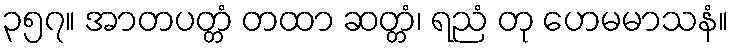
၃၅၇။ အာတပတ္တံ တထာ ဆတ္တံ၊ ရညံ တု ဟေမမာသနံ။